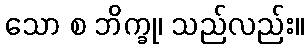
သော စ ဘိက္ခု၊ သည်လည်း။